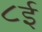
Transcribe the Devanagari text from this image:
८ई